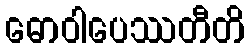
ဓောဝါပေဿတီတိ